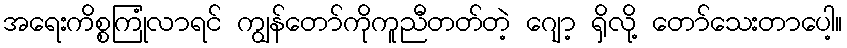
အရေးကိစ္စကြုံလာရင် ကျွန်တော်ကိုကူညီတတ်တဲ့ ဂျော့ ရှိလို့ တော်သေးတာပေါ့။